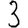
Digit: 3